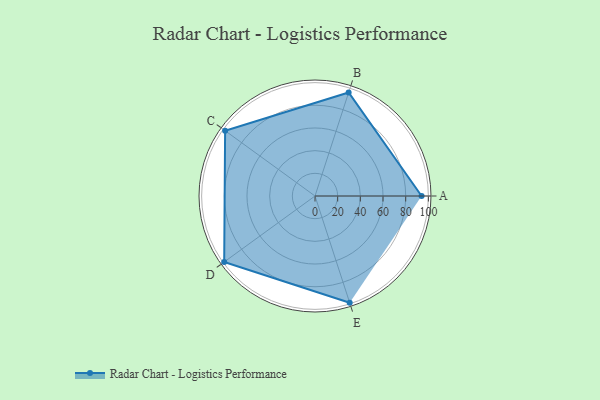
{"axis": {"x": "Skill", "y": "Score"}, "legend": ["Profile"], "data": [{"x": "A", "y": 94.0, "type": "Profile"}, {"x": "B", "y": 96.0, "type": "Profile"}, {"x": "C", "y": 98.0, "type": "Profile"}, {"x": "D", "y": 99, "type": "Profile"}, {"x": "E", "y": 99, "type": "Profile"}]}